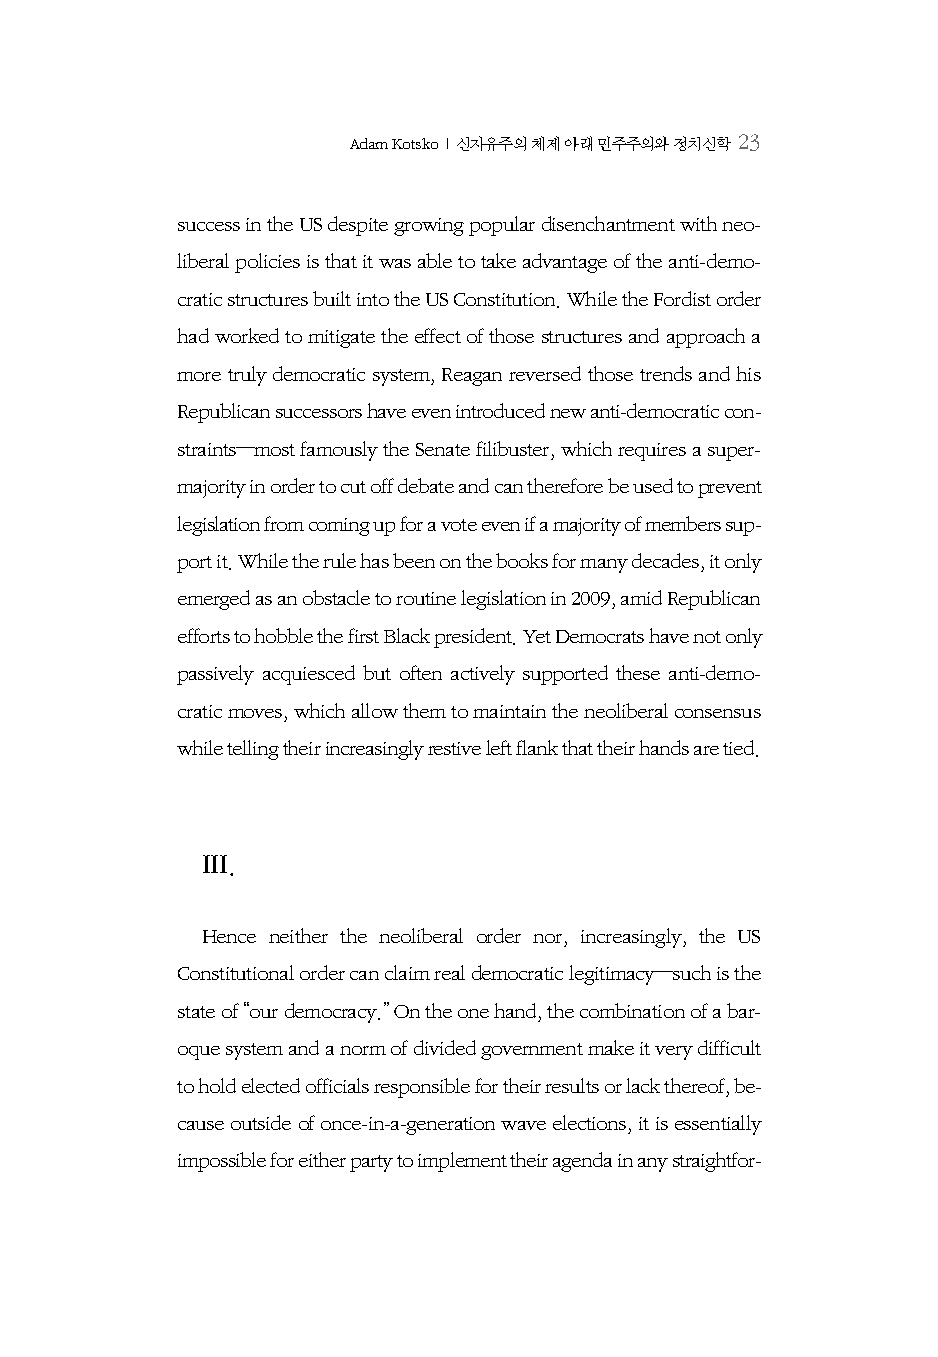
Adam Kotsko | 신자유주의 체제 아래 민주주의와 정치신학 23
 success in the US despite growing popular disenchantment with neo-
 liberal policies is that it was able to take advantage of the anti-demo-
 cratic structures built into the US Constitution. While the Fordist order
 had worked to mitigate the effect of those structures and approach a
 more truly democratic system, Reagan reversed those trends and his
 Republican successors have even introduced new anti-democratic con-
 straints—most famously the Senate filibuster, which requires a super-
 majority in order to cut off debate and can therefore be used to prevent
 legislation from coming up for a vote even if a majority of members sup-
 port it. While the rule has been on the books for many decades, it only
 emerged as an obstacle to routine legislation in 2009, amid Republican
 efforts to hobble the first Black president. Yet Democrats have not only
 passively acquiesced but often actively supported these anti-demo-
 cratic moves, which allow them to maintain the neoliberal consensus
 while telling their increasingly restive left flank that their hands are tied.
 III.
 Hence neither the neoliberal order nor, increasingly, the US
 Constitutional order can claim real democratic legitimacy—such is the
 state of “our democracy.” On the one hand, the combination of a bar-
 oque system and a norm of divided government make it very difficult
 to hold elected officials responsible for their results or lack thereof, be-
 cause outside of once-in-a-generation wave elections, it is essentially
 impossible for either party to implement their agenda in any straightfor-